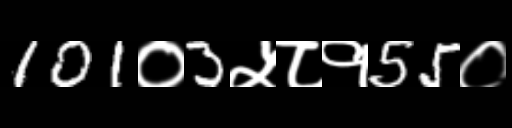
Text: 101०3५८१55०